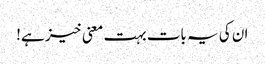
ان کی یہ بات بہت معنی خیز ہے!